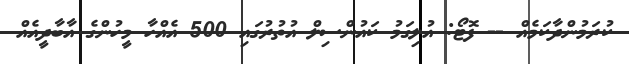
ކުރަމުންދާކަމެއް -- ފޮޓޯ: އުލިގަމު ކައުންސިލް އުތުރުގައި 500 އެއްހާ މީހުންގެ އާބާދީއެއް